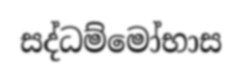
සද්ධම්මෝභාස